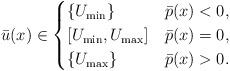
LaTeX: \begin{align*} \bar u(x) \in \begin{cases} \{U_{\min}\} & \bar p(x) <0,\\ [U_{\min},U_{\max}] & \bar p(x) = 0,\\ \{U_{\max}\} & \bar p(x) >0. \end{cases} \end{align*}